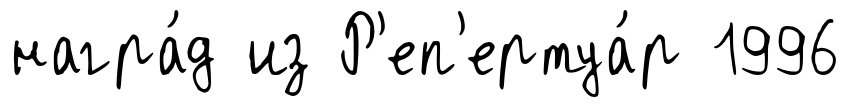
награ́д из Р'еп'ертуа́р 1996